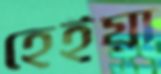
হেইয়া